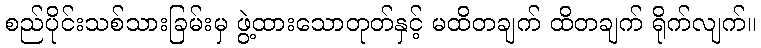
စည်ပိုင်းသစ်သားခြမ်းမှ ဖွဲ့ထားသောတုတ်နှင့် မထိတချက် ထိတချက် ရိုက်လျက်။